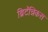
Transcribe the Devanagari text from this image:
ब्रिटॅन्निकस